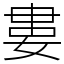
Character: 婁